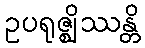
ဥပရုဇ္ဈိဿန္တိ